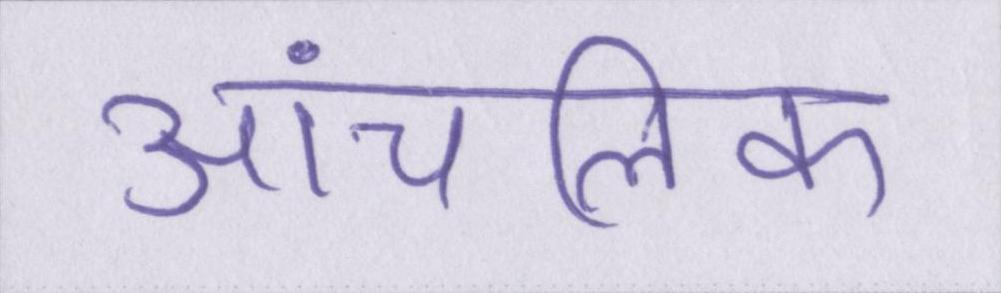
आंचलिक